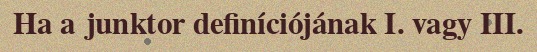
Ha a junktor definíciójának I. vagy III.